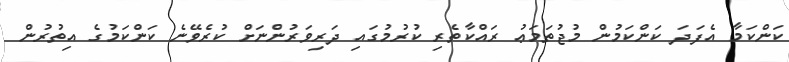
ކަންކަމާ އެފަދަ ކަންކަމުން މުޖުތަމަޢު ރައްކާތެރި ކުރުމުގައި ދަރިވަރުންނަށް ކުރެވޭނެ ކަންކަމުގެ އިތުރުން